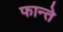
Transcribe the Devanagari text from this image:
फान्ते